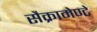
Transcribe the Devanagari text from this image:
सैक्रामेण्टे